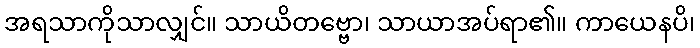
အရသာကိုသာလျှင်။ သာယိတဗ္ဗော၊ သာယာအပ်ရာ၏။ ကာယေနပိ၊